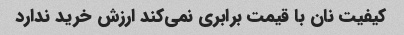
کیفیت نان با قیمت برابری نمی‌کند ارزش خرید ندارد